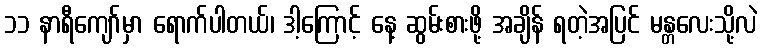
၁၁ နာရီကျော်မှာ ရောက်ပါတယ်၊ ဒါ့ကြောင့် နေ့ ဆွမ်းစားဖို့ အချိန် ရတဲ့အပြင် မန္တလေးသို့လဲ